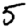
Digit: 5